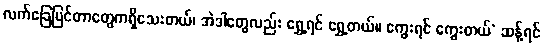
လက်ခြေပြင်တာတွေကရှိသေးတယ်၊ အဲဒါတွေလည်း ရွှေ့ရင် ရွှေ့တယ်။ ကွေးရင် ကွေးတယ်’ ဆန့်ရင်